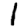
Digit: 1